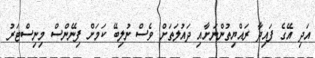
އަދި އޭގެ ފައިދާ ރައްޔިތުންނަށާއި ދައުލަތަށް ވެސް ނުލިބޭ ކަމަށް ފިނޭންސް މިނިސްޓަރު